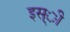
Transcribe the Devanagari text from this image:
इस्ी